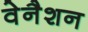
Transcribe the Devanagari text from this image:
वेनैशन